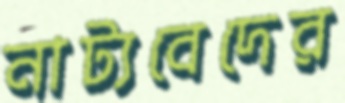
নাট্যবেদের